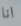
انا